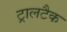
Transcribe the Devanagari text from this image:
ट्रालटैक